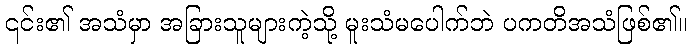
၎င်း၏ အသံမှာ အခြားသူများကဲ့သို့ မူးသံမပေါက်ဘဲ ပကတိအသံဖြစ်၏။